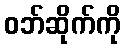
ဝဘ်ဆိုက်ကို